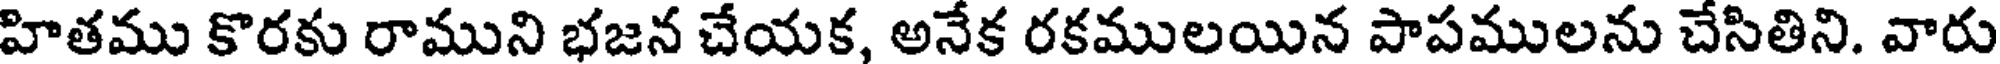
హితము కొరకు రాముని భజన చేయక, అనేక రకములయిన పాపములను చేసితిని. వారు